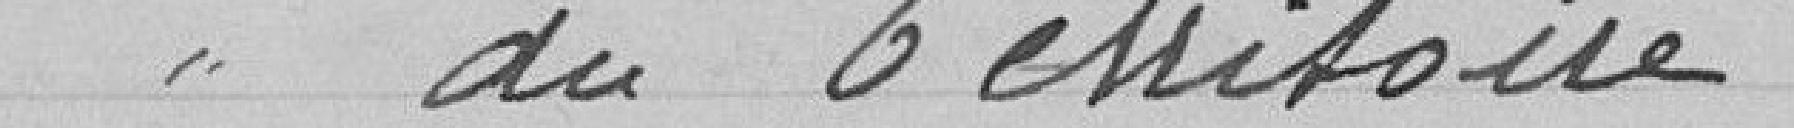
du Territoire